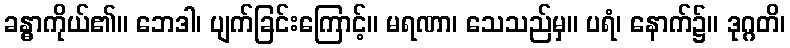
ခန္ဓာကိုယ်၏။ ဘေဒါ၊ ပျက်ခြင်းကြောင့်။ မရဏာ၊ သေသည်မှ။ ပရံ၊ နောက်၌။ ဒုဂ္ဂတိ၊